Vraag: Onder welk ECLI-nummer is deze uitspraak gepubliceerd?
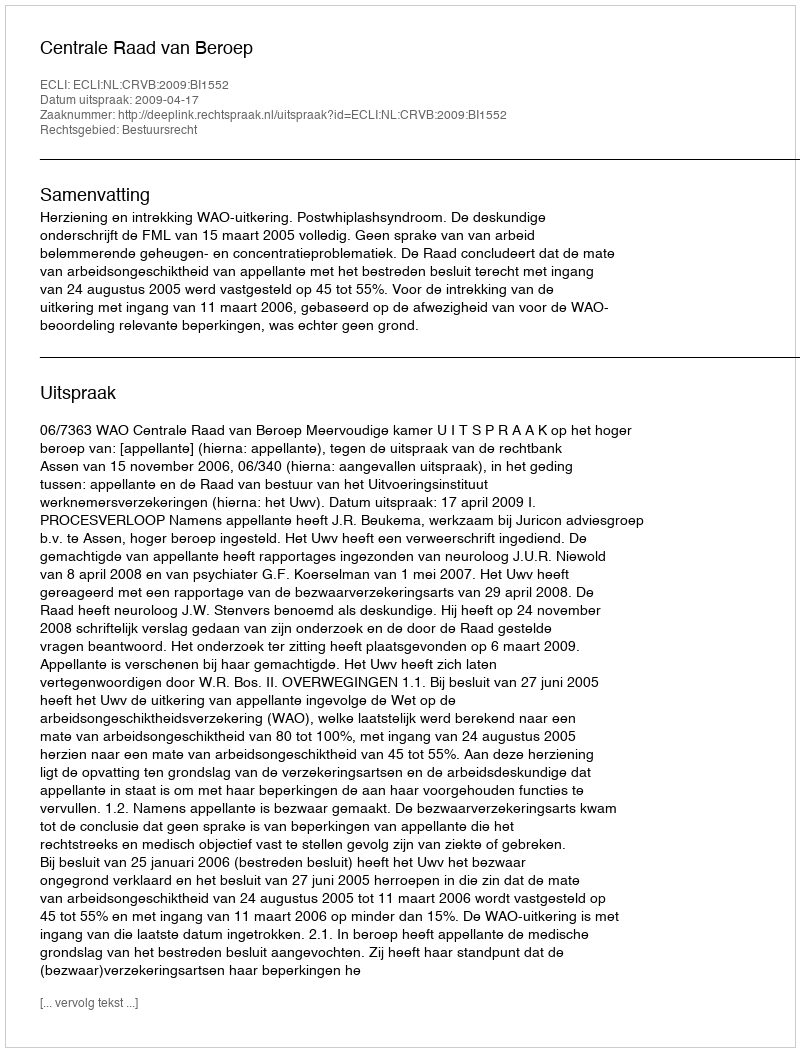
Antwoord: ECLI:NL:CRVB:2009:BI1552